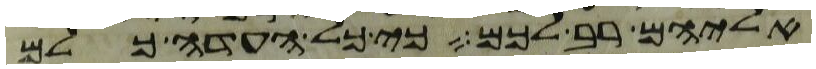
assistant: אליהם רב לכם כי כל העדה כלם